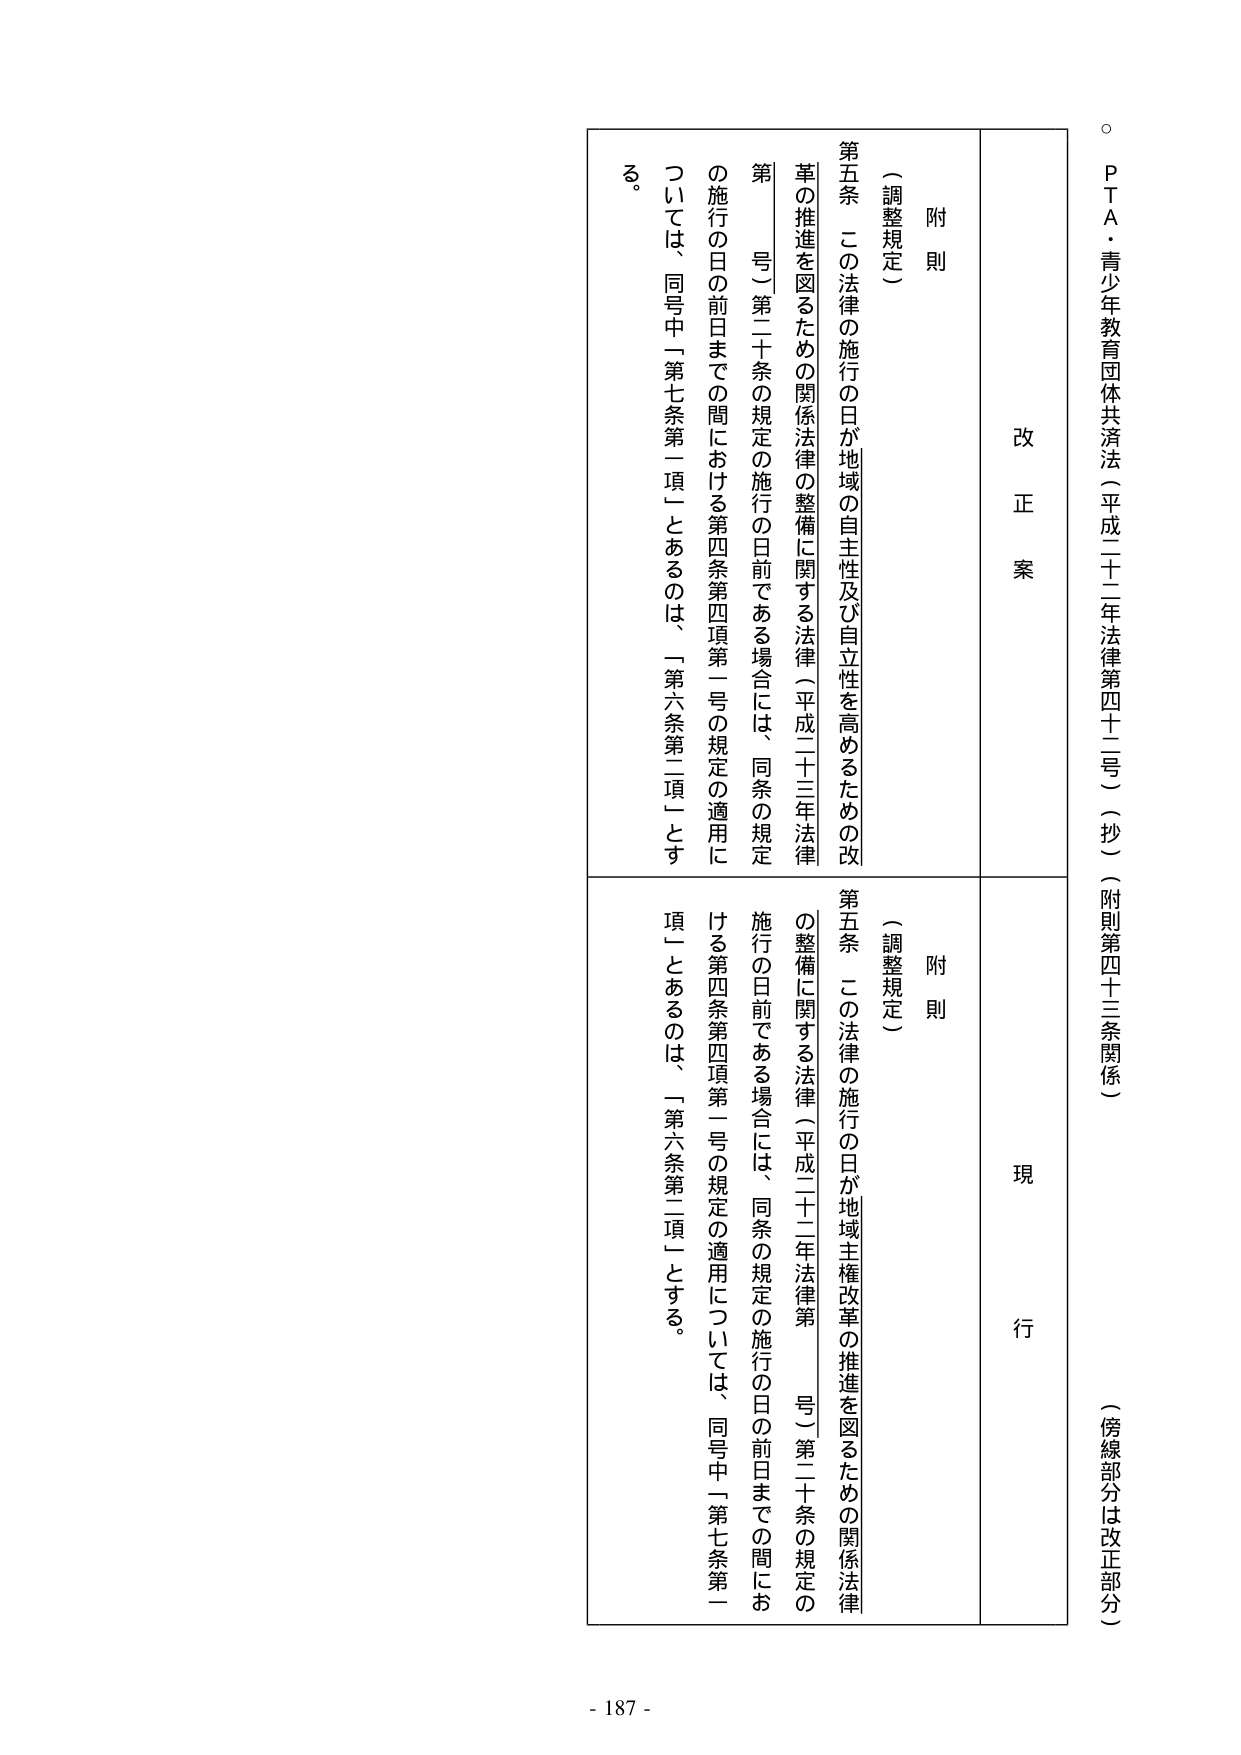
ＰＴＡ・青少年教育団体共済法（平成二十二年法律第四十二号）（抄）（附則第四十三条関係）
（傍線部分は改正部分）

改正案
附則
（調整規定）
第五条　この法律の施行の日が地域の自主性及び自立性を高めるための改革の推進を図るための関係法律の整備に関する法律（平成二十三年法律第　号）第二十条の規定の施行の日前である場合には、同条の規定の施行の日の前日までの間における第四条第四項第一号の規定の適用については、同号中「第七条第一項」とあるのは、「第六条第二項」とする。

現行
附則
（調整規定）
第五条　この法律の施行の日が地域主権改革の推進を図るための関係法律の整備に関する法律（平成二十二年法律第　号）第二十条の規定の施行の日前である場合には、同条の規定の施行の日の前日までの間における第四条第四項第一号の規定の適用については、同号中「第七条第一項」とあるのは、「第六条第二項」とする。

- 187 -